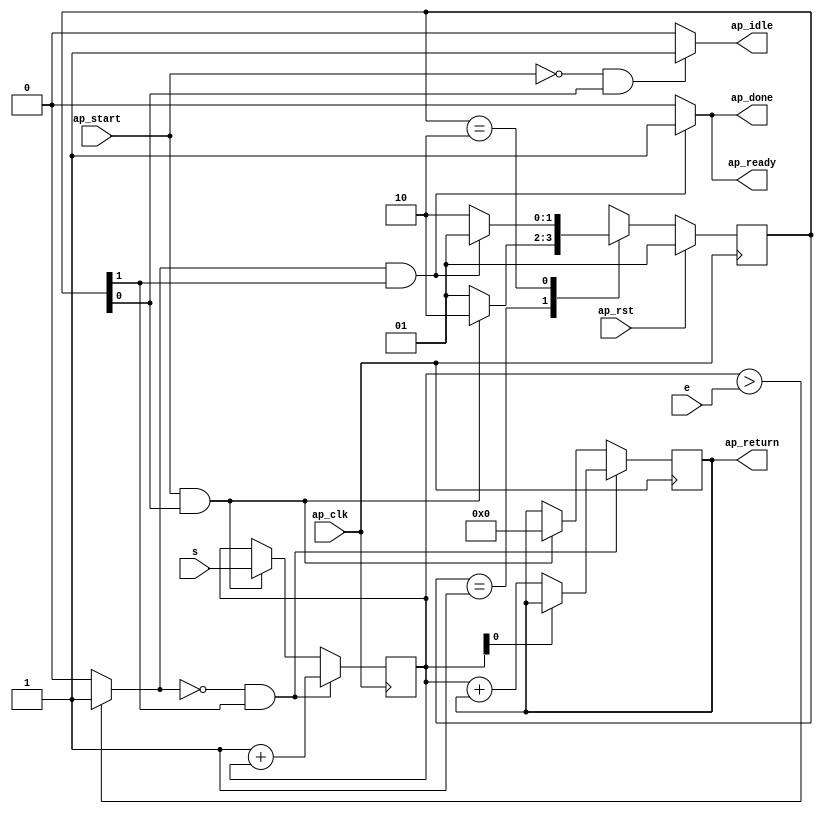
// ==============================================================
// RTL generated by Vivado(TM) HLS - High-Level Synthesis from C, C++ and SystemC
// Version: 2018.3
// Copyright (C) 1986-2018 Xilinx, Inc. All Rights Reserved.
// 
// ===========================================================

`timescale 1 ns / 1 ps 

(* CORE_GENERATION_INFO="calculate,hls_ip_2018_3,{HLS_INPUT_TYPE=c,HLS_INPUT_FLOAT=0,HLS_INPUT_FIXED=0,HLS_INPUT_PART=xa7a12tcsg325-1q,HLS_INPUT_CLOCK=10.000000,HLS_INPUT_ARCH=others,HLS_SYN_CLOCK=4.072000,HLS_SYN_LAT=-1,HLS_SYN_TPT=none,HLS_SYN_MEM=0,HLS_SYN_DSP=0,HLS_SYN_FF=66,HLS_SYN_LUT=161,HLS_VERSION=2018_3}" *)

module even_odd (
        ap_clk,
        ap_rst,
        ap_start,
        ap_done,
        ap_idle,
        ap_ready,
        s,
        e,
        ap_return
);

parameter    ap_ST_fsm_state1 = 2'd1;
parameter    ap_ST_fsm_state2 = 2'd2;

input   ap_clk;
input   ap_rst;
input   ap_start;
output   ap_done;
output   ap_idle;
output   ap_ready;
input  [31:0] s;
input  [31:0] e;
output  [31:0] ap_return;

reg ap_done;
reg ap_idle;
reg ap_ready;

(* fsm_encoding = "none" *) reg   [1:0] ap_CS_fsm;
wire    ap_CS_fsm_state1;
wire   [31:0] evensum_1_fu_63_p3;
wire    ap_CS_fsm_state2;
wire   [0:0] tmp_fu_48_p2;
wire   [31:0] i_1_fu_71_p2;
reg   [31:0] i_reg_28;
reg   [31:0] evensum_reg_37;
wire   [0:0] tmp_1_fu_59_p1;
wire   [0:0] tmp_1_fu_59_p1_temp;
wire   [31:0] evensum_2_fu_53_p2;
reg   [1:0] ap_NS_fsm;

// power-on initialization
initial begin
#0 ap_CS_fsm = 2'd1;
end

always @ (posedge ap_clk) begin
    if (ap_rst == 1'b1) begin
        ap_CS_fsm <= ap_ST_fsm_state1;
    end else begin
        ap_CS_fsm <= ap_NS_fsm;
    end
end

always @ (posedge ap_clk) begin
    if (((tmp_fu_48_p2 == 1'd0) & (1'b1 == ap_CS_fsm_state2))) begin
        evensum_reg_37 <= evensum_1_fu_63_p3;
    end else if (((ap_start == 1'b1) & (1'b1 == ap_CS_fsm_state1))) begin
        evensum_reg_37 <= 32'd0;
    end
end

always @ (posedge ap_clk) begin
    if (((tmp_fu_48_p2 == 1'd0) & (1'b1 == ap_CS_fsm_state2))) begin
        i_reg_28 <= i_1_fu_71_p2;
    end else if (((ap_start == 1'b1) & (1'b1 == ap_CS_fsm_state1))) begin
        i_reg_28 <= s;
    end
end

always @ (*) begin
    if (((tmp_fu_48_p2 == 1'd1) & (1'b1 == ap_CS_fsm_state2))) begin
        ap_done = 1'b1;
    end else begin
        ap_done = 1'b0;
    end
end

always @ (*) begin
    if (((ap_start == 1'b0) & (1'b1 == ap_CS_fsm_state1))) begin
        ap_idle = 1'b1;
    end else begin
        ap_idle = 1'b0;
    end
end

always @ (*) begin
    if (((tmp_fu_48_p2 == 1'd1) & (1'b1 == ap_CS_fsm_state2))) begin
        ap_ready = 1'b1;
    end else begin
        ap_ready = 1'b0;
    end
end

always @ (*) begin
    case (ap_CS_fsm)
        ap_ST_fsm_state1 : begin
            if (((ap_start == 1'b1) & (1'b1 == ap_CS_fsm_state1))) begin
                ap_NS_fsm = ap_ST_fsm_state2;
            end else begin
                ap_NS_fsm = ap_ST_fsm_state1;
            end
        end
        ap_ST_fsm_state2 : begin
            if (((tmp_fu_48_p2 == 1'd1) & (1'b1 == ap_CS_fsm_state2))) begin
                ap_NS_fsm = ap_ST_fsm_state1;
            end else begin
                ap_NS_fsm = ap_ST_fsm_state2;
            end
        end
        default : begin
            ap_NS_fsm = 'bx;
        end
    endcase
end

assign ap_CS_fsm_state1 = ap_CS_fsm[32'd0];

assign ap_CS_fsm_state2 = ap_CS_fsm[32'd1];

assign ap_return = evensum_reg_37;

assign evensum_1_fu_63_p3 = ((tmp_1_fu_59_p1_temp) ? evensum_reg_37 : evensum_2_fu_53_p2);

assign tmp_1_fu_59_p1_temp = tmp_1_fu_59_p1 & 1'd1;

assign evensum_2_fu_53_p2 = (i_reg_28 + evensum_reg_37);

assign i_1_fu_71_p2 = (32'd1 + i_reg_28);

assign tmp_1_fu_59_p1 = i_reg_28 & 1'd1;

assign tmp_fu_48_p2 = (($signed(i_reg_28) > $signed(e)) ? 1'b1 : 1'b0);

endmodule //calculate